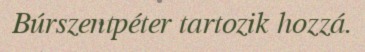
Búrszentpéter tartozik hozzá.